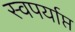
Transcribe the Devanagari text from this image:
स्वपर्याप्त